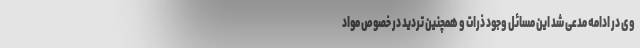
وی در ادامه مدعی شد این مسائل وجود ذرات و همچنین تردید در خصوص مواد